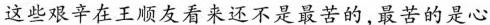
这些艰辛在王顺友看来还不是最苦的，最苦的是心